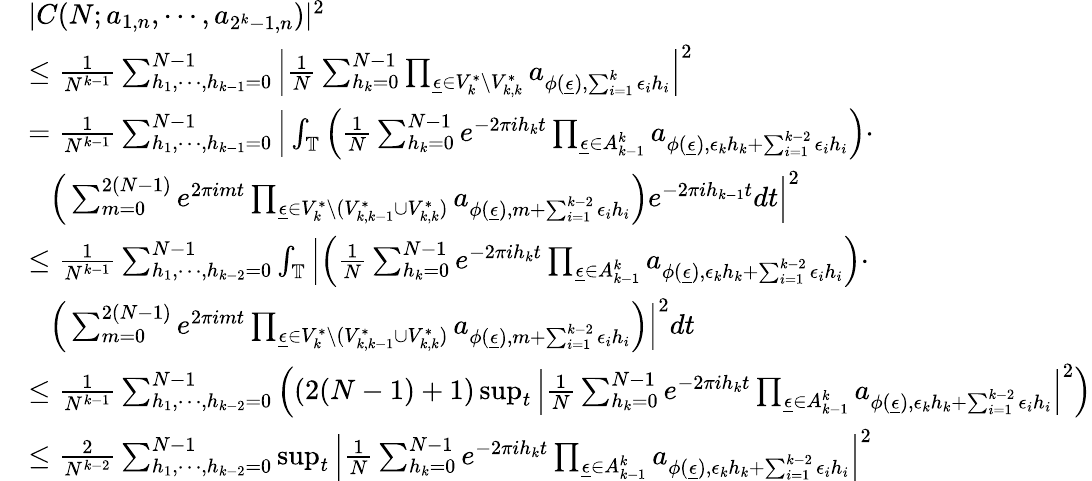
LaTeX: \begin{array}{rl}&{|C(N;a_{1,n},\cdots,a_{2^{k}-1,n})|^{2}}\\ &{\le\frac{1}{N^{k-1}}\sum_{h_{1},\cdots,h_{k-1}=0}^{N-1}\Big|\frac{1}{N}\sum_{h_{k}=0}^{N-1}\prod_{\underline{{\epsilon}}\in V_{k}^{*}\backslash V_{k,k}^{*}}a_{\phi(\underline{{\epsilon}}),\sum_{i=1}^{k}\epsilon_{i}h_{i}}\Big|^{2}}\\ &{=\frac{1}{N^{k-1}}\sum_{h_{1},\cdots,h_{k-1}=0}^{N-1}\Big|\int_{\mathbb{T}}\Big(\frac{1}{N}\sum_{h_{k}=0}^{N-1}e^{-2\pi ih_{k}t}\prod_{\underline{{\epsilon}}\in A_{k-1}^{k}}a_{\phi(\underline{{\epsilon}}),\epsilon_{k}h_{k}+\sum_{i=1}^{k-2}\epsilon_{i}h_{i}}\Big)\cdot}\\ &{\ \ \ \Big(\sum_{m=0}^{2(N-1)}e^{2\pi imt}\prod_{\underline{{\epsilon}}\in V_{k}^{*}\backslash(V_{k,k-1}^{*}\cup V_{k,k}^{*})}a_{\phi(\underline{{\epsilon}}),m+\sum_{i=1}^{k-2}\epsilon_{i}h_{i}}\Big)e^{-2\pi ih_{k-1}t}dt\Big|^{2}}\\ &{\le\frac{1}{N^{k-1}}\sum_{h_{1},\cdots,h_{k-2}=0}^{N-1}\int_{\mathbb{T}}\Big|\Big(\frac{1}{N}\sum_{h_{k}=0}^{N-1}e^{-2\pi ih_{k}t}\prod_{\underline{{\epsilon}}\in A_{k-1}^{k}}a_{\phi(\underline{{\epsilon}}),\epsilon_{k}h_{k}+\sum_{i=1}^{k-2}\epsilon_{i}h_{i}}\Big)\cdot}\\ &{\ \ \ \Big(\sum_{m=0}^{2(N-1)}e^{2\pi imt}\prod_{\underline{{\epsilon}}\in V_{k}^{*}\backslash(V_{k,k-1}^{*}\cup V_{k,k}^{*})}a_{\phi(\underline{{\epsilon}}),m+\sum_{i=1}^{k-2}\epsilon_{i}h_{i}}\Big)\Big|^{2}dt}\\ &{\le\frac{1}{N^{k-1}}\sum_{h_{1},\cdots,h_{k-2}=0}^{N-1}\Big((2(N-1)+1)\operatorname*{sup}_{t}\Big|\frac{1}{N}\sum_{h_{k}=0}^{N-1}e^{-2\pi ih_{k}t}\prod_{\underline{{\epsilon}}\in A_{k-1}^{k}}a_{\phi(\underline{{\epsilon}}),\epsilon_{k}h_{k}+\sum_{i=1}^{k-2}\epsilon_{i}h_{i}}\Big|^{2}\Big)}\\ &{\le\frac{2}{N^{k-2}}\sum_{h_{1},\cdots,h_{k-2}=0}^{N-1}\operatorname*{sup}_{t}\Big|\frac{1}{N}\sum_{h_{k}=0}^{N-1}e^{-2\pi ih_{k}t}\prod_{\underline{{\epsilon}}\in A_{k-1}^{k}}a_{\phi(\underline{{\epsilon}}),\epsilon_{k}h_{k}+\sum_{i=1}^{k-2}\epsilon_{i}h_{i}}\Big|^{2}}\end{array}